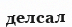
делсал